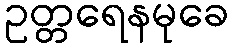
ဥတ္တရေနမုခေ